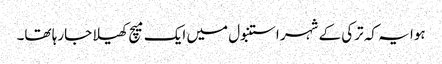
ہوا یہ کہ ترکی کے شہر استنبول میں ایک میچ کھیلا جارہا تھا۔